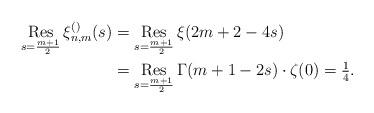
LaTeX: \begin{align*}\mathop{{\rm Res}}_{s=\frac{m+1}{2}}\xi_{n,m}^{()}(s) &=\mathop{{\rm Res}}_{s=\frac{m+1}{2}}\xi (2m+2-4s)\\& =\mathop{{\rm Res}}_{s=\frac{m+1}{2}}\Gamma(m+1-2s)\cdot \zeta (0)=\tfrac{1}{4}.\end{align*}